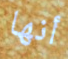
أنها